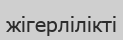
жігерлілікті